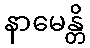
နာမေန္တိ